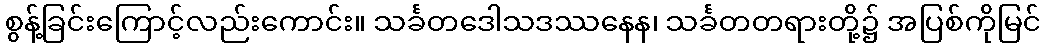
စွန့်ခြင်းကြောင့်လည်းကောင်း။ သင်္ခတဒေါသဒဿနေန၊ သင်္ခတတရားတို့၌ အပြစ်ကိုမြင်